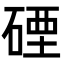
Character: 䃌